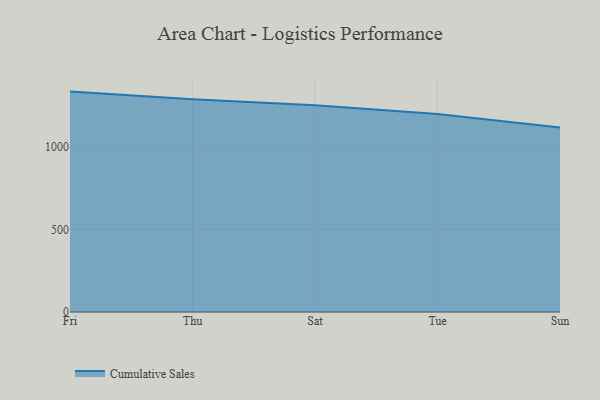
{"axis": {"x": "Day", "y": "Temperature (°C)"}, "legend": ["Cumulative Sales"], "data": [{"x": "Fri", "y": 1335.7, "type": "Cumulative Sales"}, {"x": "Thu", "y": 1288.9, "type": "Cumulative Sales"}, {"x": "Sat", "y": 1253.7, "type": "Cumulative Sales"}, {"x": "Tue", "y": 1199.2, "type": "Cumulative Sales"}, {"x": "Sun", "y": 1117.7, "type": "Cumulative Sales"}]}